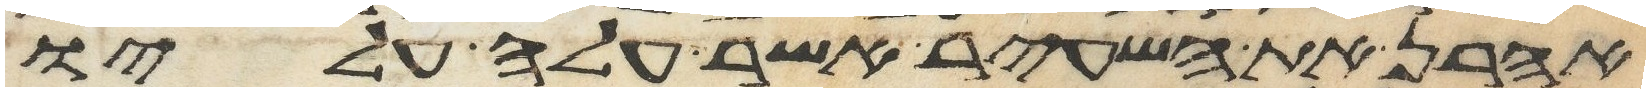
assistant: אהרן את השעיר אשר עלה עליו